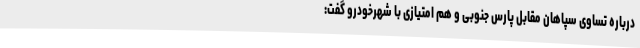
درباره تساوی سپاهان مقابل پارس جنوبی و هم امتیازی با شهرخودرو گفت: